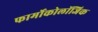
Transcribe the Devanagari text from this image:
फार्मोकोलॉजिक